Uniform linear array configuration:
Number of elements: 16
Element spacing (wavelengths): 1
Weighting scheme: hamming
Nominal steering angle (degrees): -45
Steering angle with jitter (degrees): -43.393
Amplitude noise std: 0.05
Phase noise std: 0.05

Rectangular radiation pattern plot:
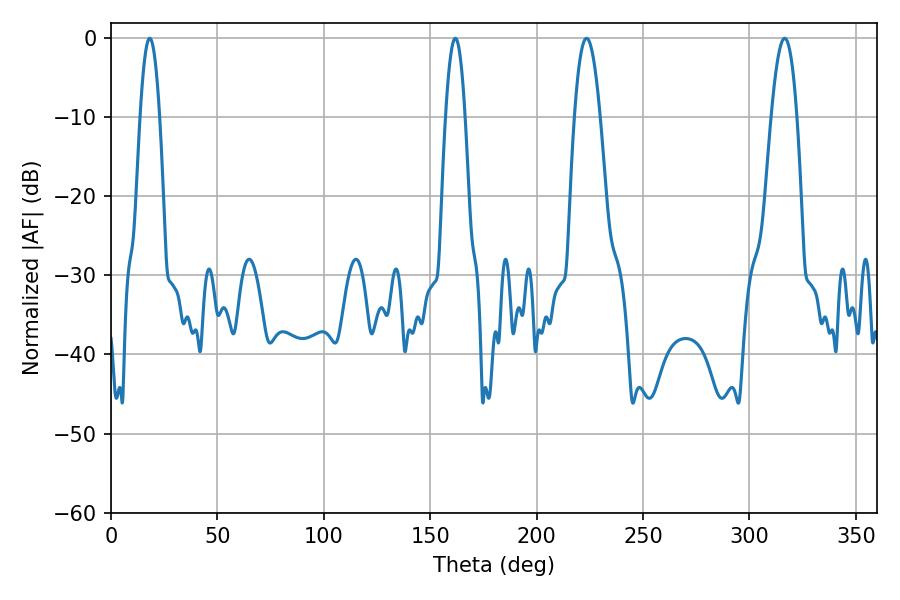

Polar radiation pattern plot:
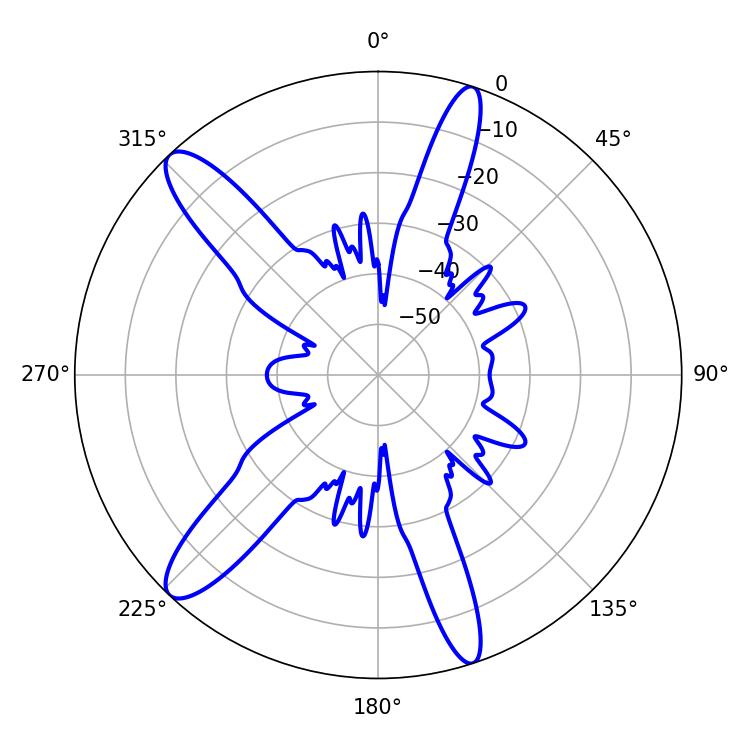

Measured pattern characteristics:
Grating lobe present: TRUE
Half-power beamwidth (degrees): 5.04
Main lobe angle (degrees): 18.18